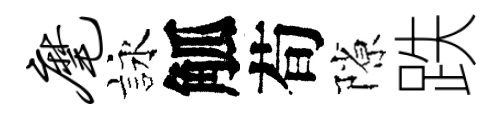
麾詠觚荀隙跌